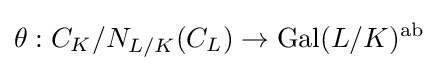
\theta :C_{K}/{N_{L/K}(C_{L})}\to {\text{Gal}}(L/K)^{\text{ab}}